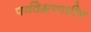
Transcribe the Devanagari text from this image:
पर्यवेक्षणाधीन